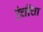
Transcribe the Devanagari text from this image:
उंचींचा